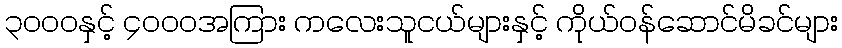
၃၀၀၀နှင့် ၄၀၀၀အကြား ကလေးသူငယ်များနှင့် ကိုယ်ဝန်ဆောင်မိခင်များ